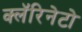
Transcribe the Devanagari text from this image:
क्लॅरिनेटो